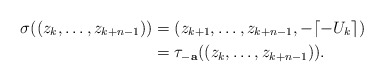
\begin{align*}\sigma((z_k,\ldots,z_{k+n-1}))&=(z_{k+1},\ldots,z_{k+n-1},-\lceil-U_k\rceil)\\&=\tau_\mathbf{-a}((z_k,\ldots,z_{k+n-1})).\end{align*}